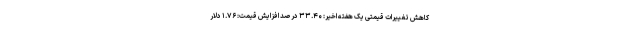
کاهش تغییرات قیمتی یک هفته اخیر: ۳۳.۴۰ درصد افزایش قیمت: ۱.۷۶ دلار